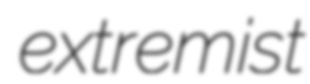
extremist